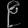
Digit: ၉